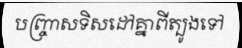
បញ្ច្រាសទិសដៅគ្នាពីត្បូងទៅ